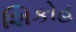
શિકોહ